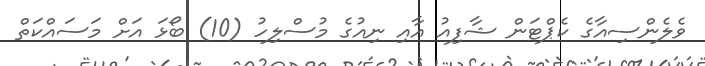
ވެލެންސިއާގެ ކެޕްޓަން ޝާފިއު އާއި ނިއުގެ މުސްލިހު (10) ބޯޅަ އަށް މަސައްކަތް